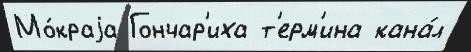
Мо́краjа Гончар'иха т'ерм'ина кана́л